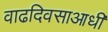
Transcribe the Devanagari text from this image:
वाढदिवसाआधी